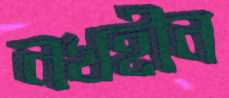
নখহীন